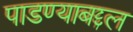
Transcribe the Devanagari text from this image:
पाडण्याबद्दल